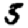
Digit: 5